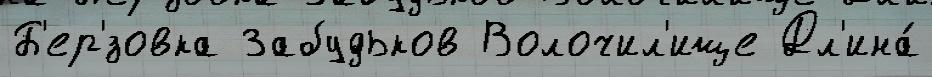
Б'ер'́зовка Забудьков Волочил'ище Дл'ина́